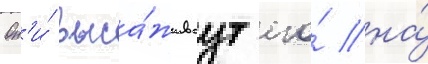
Он'и́ выса́живаут его́ на́